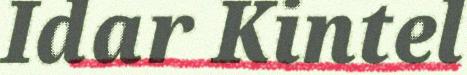
Idar Kintel